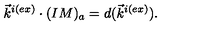
\vec { k } ^ { i ( e x ) } \cdot ( I M ) _ { a } = d ( \vec { k } ^ { i ( e x ) } ) .